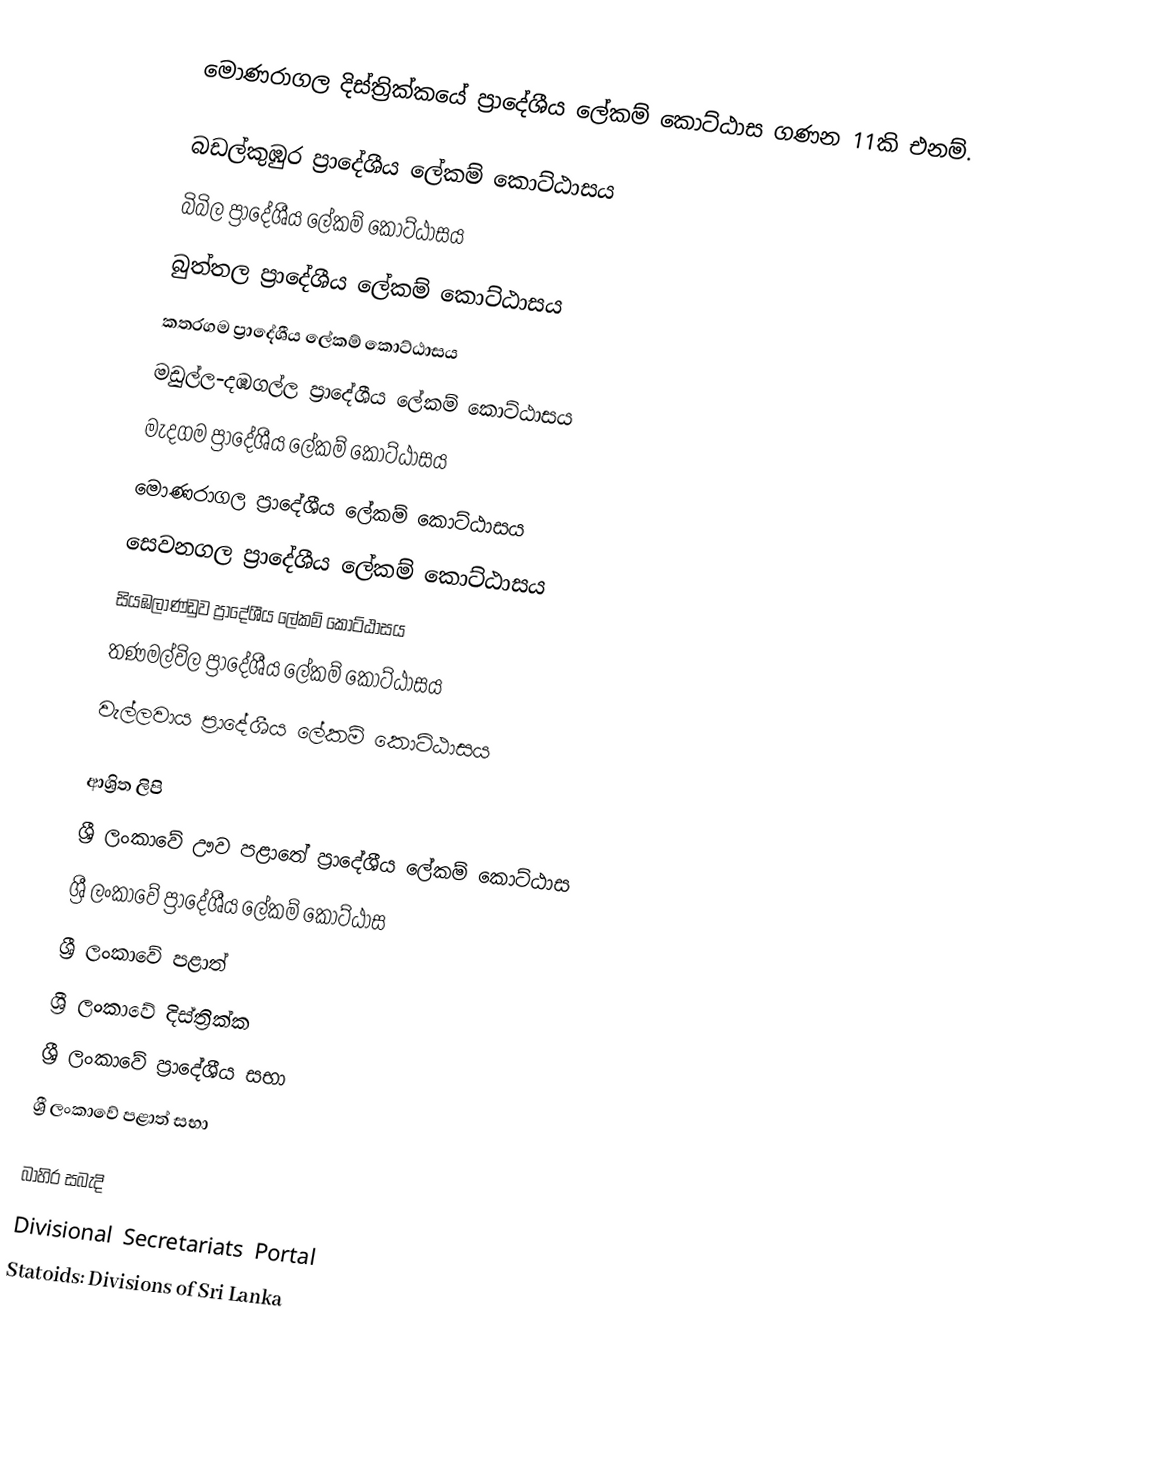
මොණරාගල දිස්ත්‍රික්කයේ ප්‍රාදේශීය ලේකම් කොට්ඨාස ගණන 11කි එනම්.

 බඩල්කුඹුර ප්‍රාදේශීය ලේකම් කොට්ඨාසය
 බිබිල ප්‍රාදේශීය ලේකම් කොට්ඨාසය
 බුත්තල ප්‍රාදේශීය ලේකම් කොට්ඨාසය
 කතරගම ප්‍රාදේශීය ලේකම් කොට්ඨාසය
 මඩුල්ල-දඹගල්ල ප්‍රාදේශීය ලේකම් කොට්ඨාසය
 මැදගම ප්‍රාදේශීය ලේකම් කොට්ඨාසය
 මොණරාගල ප්‍රාදේශීය ලේකම් කොට්ඨාසය
 සෙවනගල ප්‍රාදේශීය ලේකම් කොට්ඨාසය
 සියඹලාණ්ඩුව ප්‍රාදේශීය ලේකම් කොට්ඨාසය
 තණමල්විල ප්‍රාදේශීය ලේකම් කොට්ඨාසය
 වැල්ලවාය ප්‍රාදේශීය ලේකම් කොට්ඨාසය

ආශ්‍රිත ලිපි
 ශ්‍රී ලංකාවේ ඌව පළාතේ ප්‍රාදේශීය ලේකම් කොට්ඨාස
 ශ්‍රී ලංකාවේ ප්‍රාදේශීය ලේකම් කොට්ඨාස
 ශ්‍රී ලංකාවේ පළාත්
 ශ්‍රී ලංකාවේ දිස්ත්‍රික්ක
 ශ්‍රී ලංකාවේ ප්‍රාදේශීය සභා
 ශ්‍රී ලංකාවේ පළාත් සභා

බාහිර සබැදි
 Divisional Secretariats Portal
 Statoids: Divisions of Sri Lanka